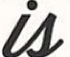
is